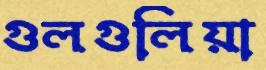
গুলগুলিয়া